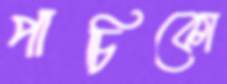
পাচিকো